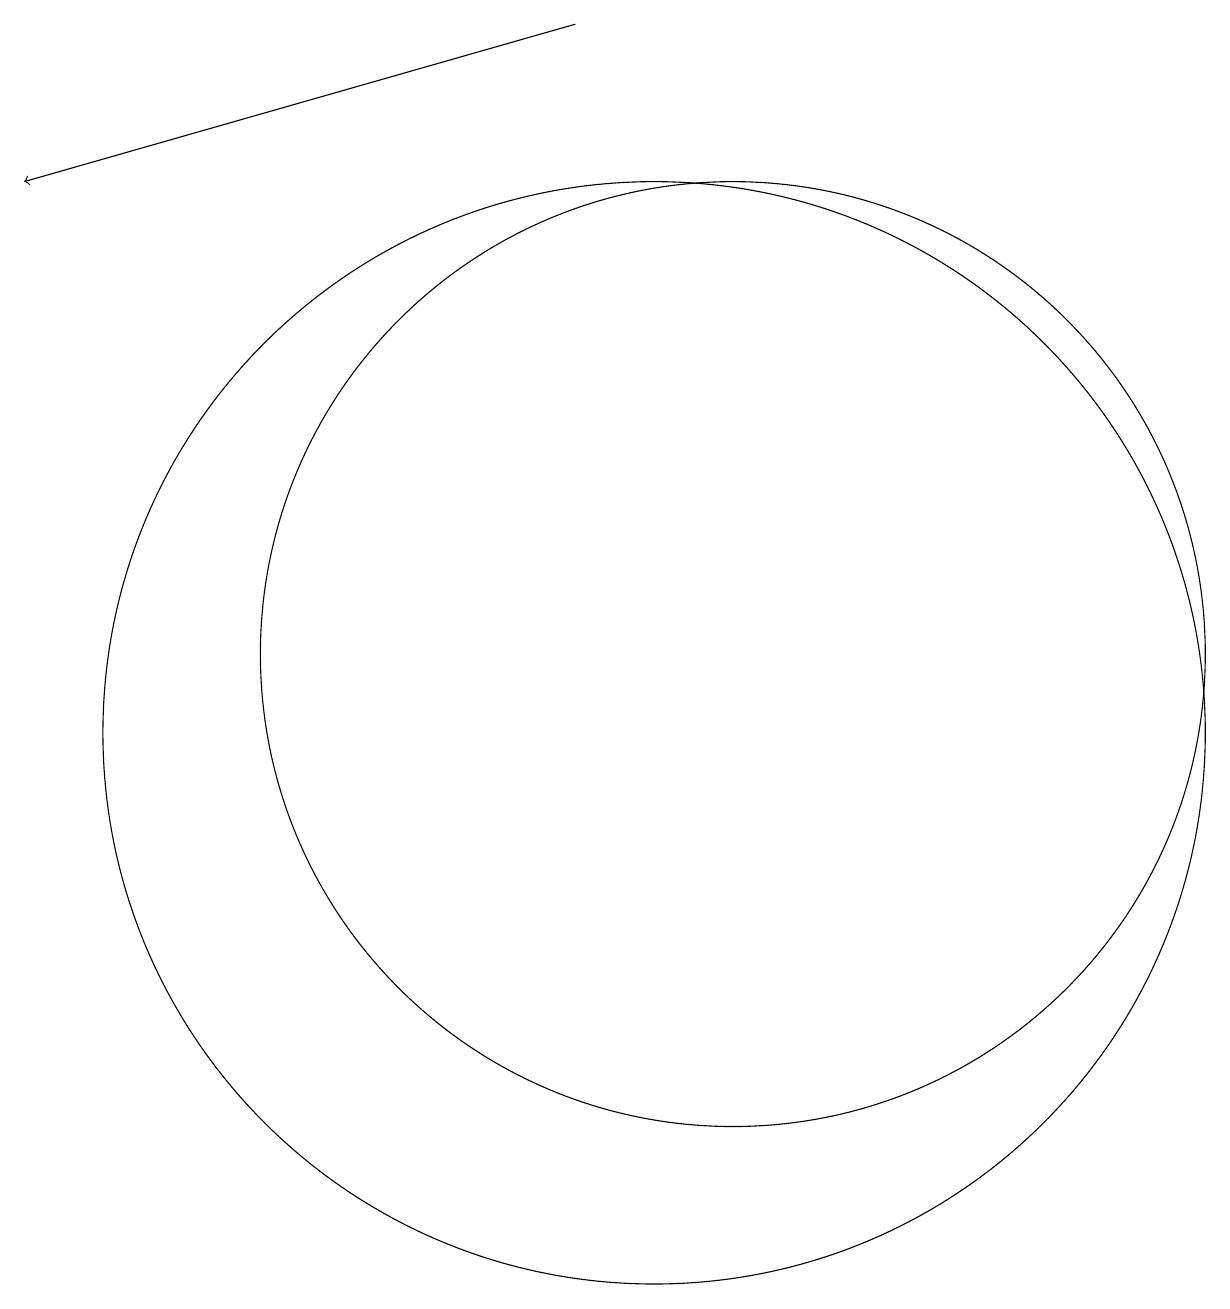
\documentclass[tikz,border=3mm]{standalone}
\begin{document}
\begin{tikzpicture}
\draw[->] (9,19) -- (2,17);
\draw (10,10) circle (7);
\draw (11,11) circle (6);
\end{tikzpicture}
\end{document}